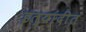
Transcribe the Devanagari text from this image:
इत्यांदींत